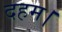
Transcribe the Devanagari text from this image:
दहम।